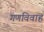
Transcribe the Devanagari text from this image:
गणविवाह